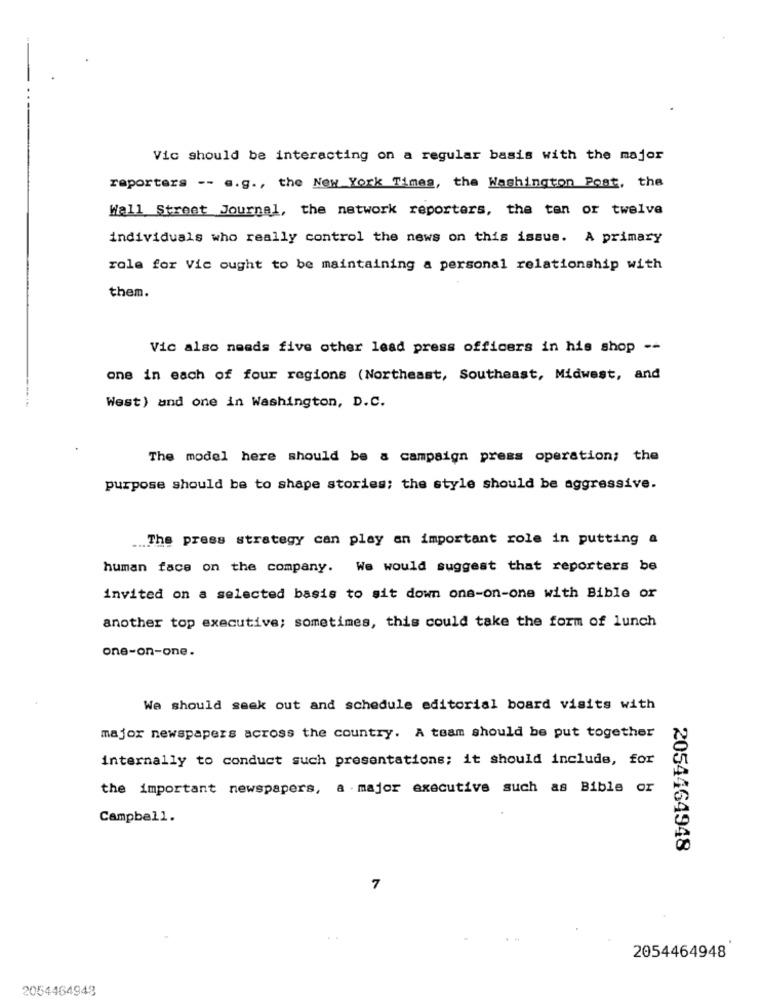
Vic should be interacting on a regular basis with the major
reporters -- s.g ., the New York Times, the Washington Post, the
Wall Street Journal, the network reporters, the ten or twelve
individuals who really control the news on this issue. A primary
role for Vic ought to be maintaining a personal relationship with
them.
Vic also needs five other lead press officers in his shop --
one in each of four regions (Northeast, Southeast, Midwest, and
West) and one in Washington, D.C.
The model here should be a campaign press operation; the
purpose should be to shape stories; the style should be aggressive.
... The press strategy can play an important role in putting a
human face on the company. We would suggest that reporters be
invited on a selected basis to sit down one-on-one with Bible or
another top executive; sometimes, this could take the form of lunch
one-on-one.
We should seek out and schedule editorial board visits with
major newspapers across the country. A team should be put together
internally to conduct such presentations; it should include, for
the important newspapers, a major executive such as Bible or
Campbell.
2054464948
7
2054464948
2054464948